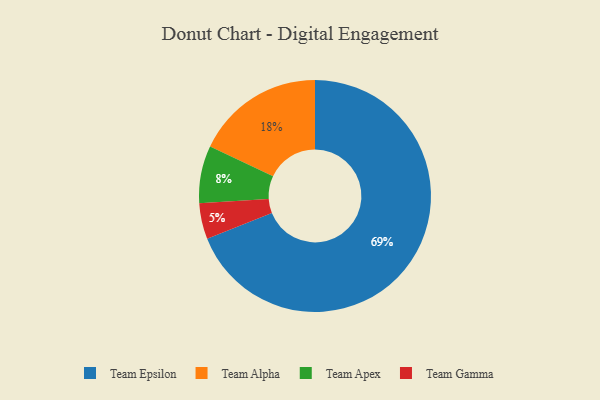
{"axis": {"x": "Category", "y": "Percentage"}, "legend": ["Team Alpha", "Team Apex", "Team Epsilon", "Team Gamma"], "data": [{"x": "Team Apex", "y": 8, "type": "Team Apex"}, {"x": "Team Alpha", "y": 18, "type": "Team Alpha"}, {"x": "Team Epsilon", "y": 69, "type": "Team Epsilon"}, {"x": "Team Gamma", "y": 5, "type": "Team Gamma"}]}